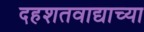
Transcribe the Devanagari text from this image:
दहशतवाद्याच्या